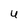
Character: 4